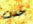
حدث